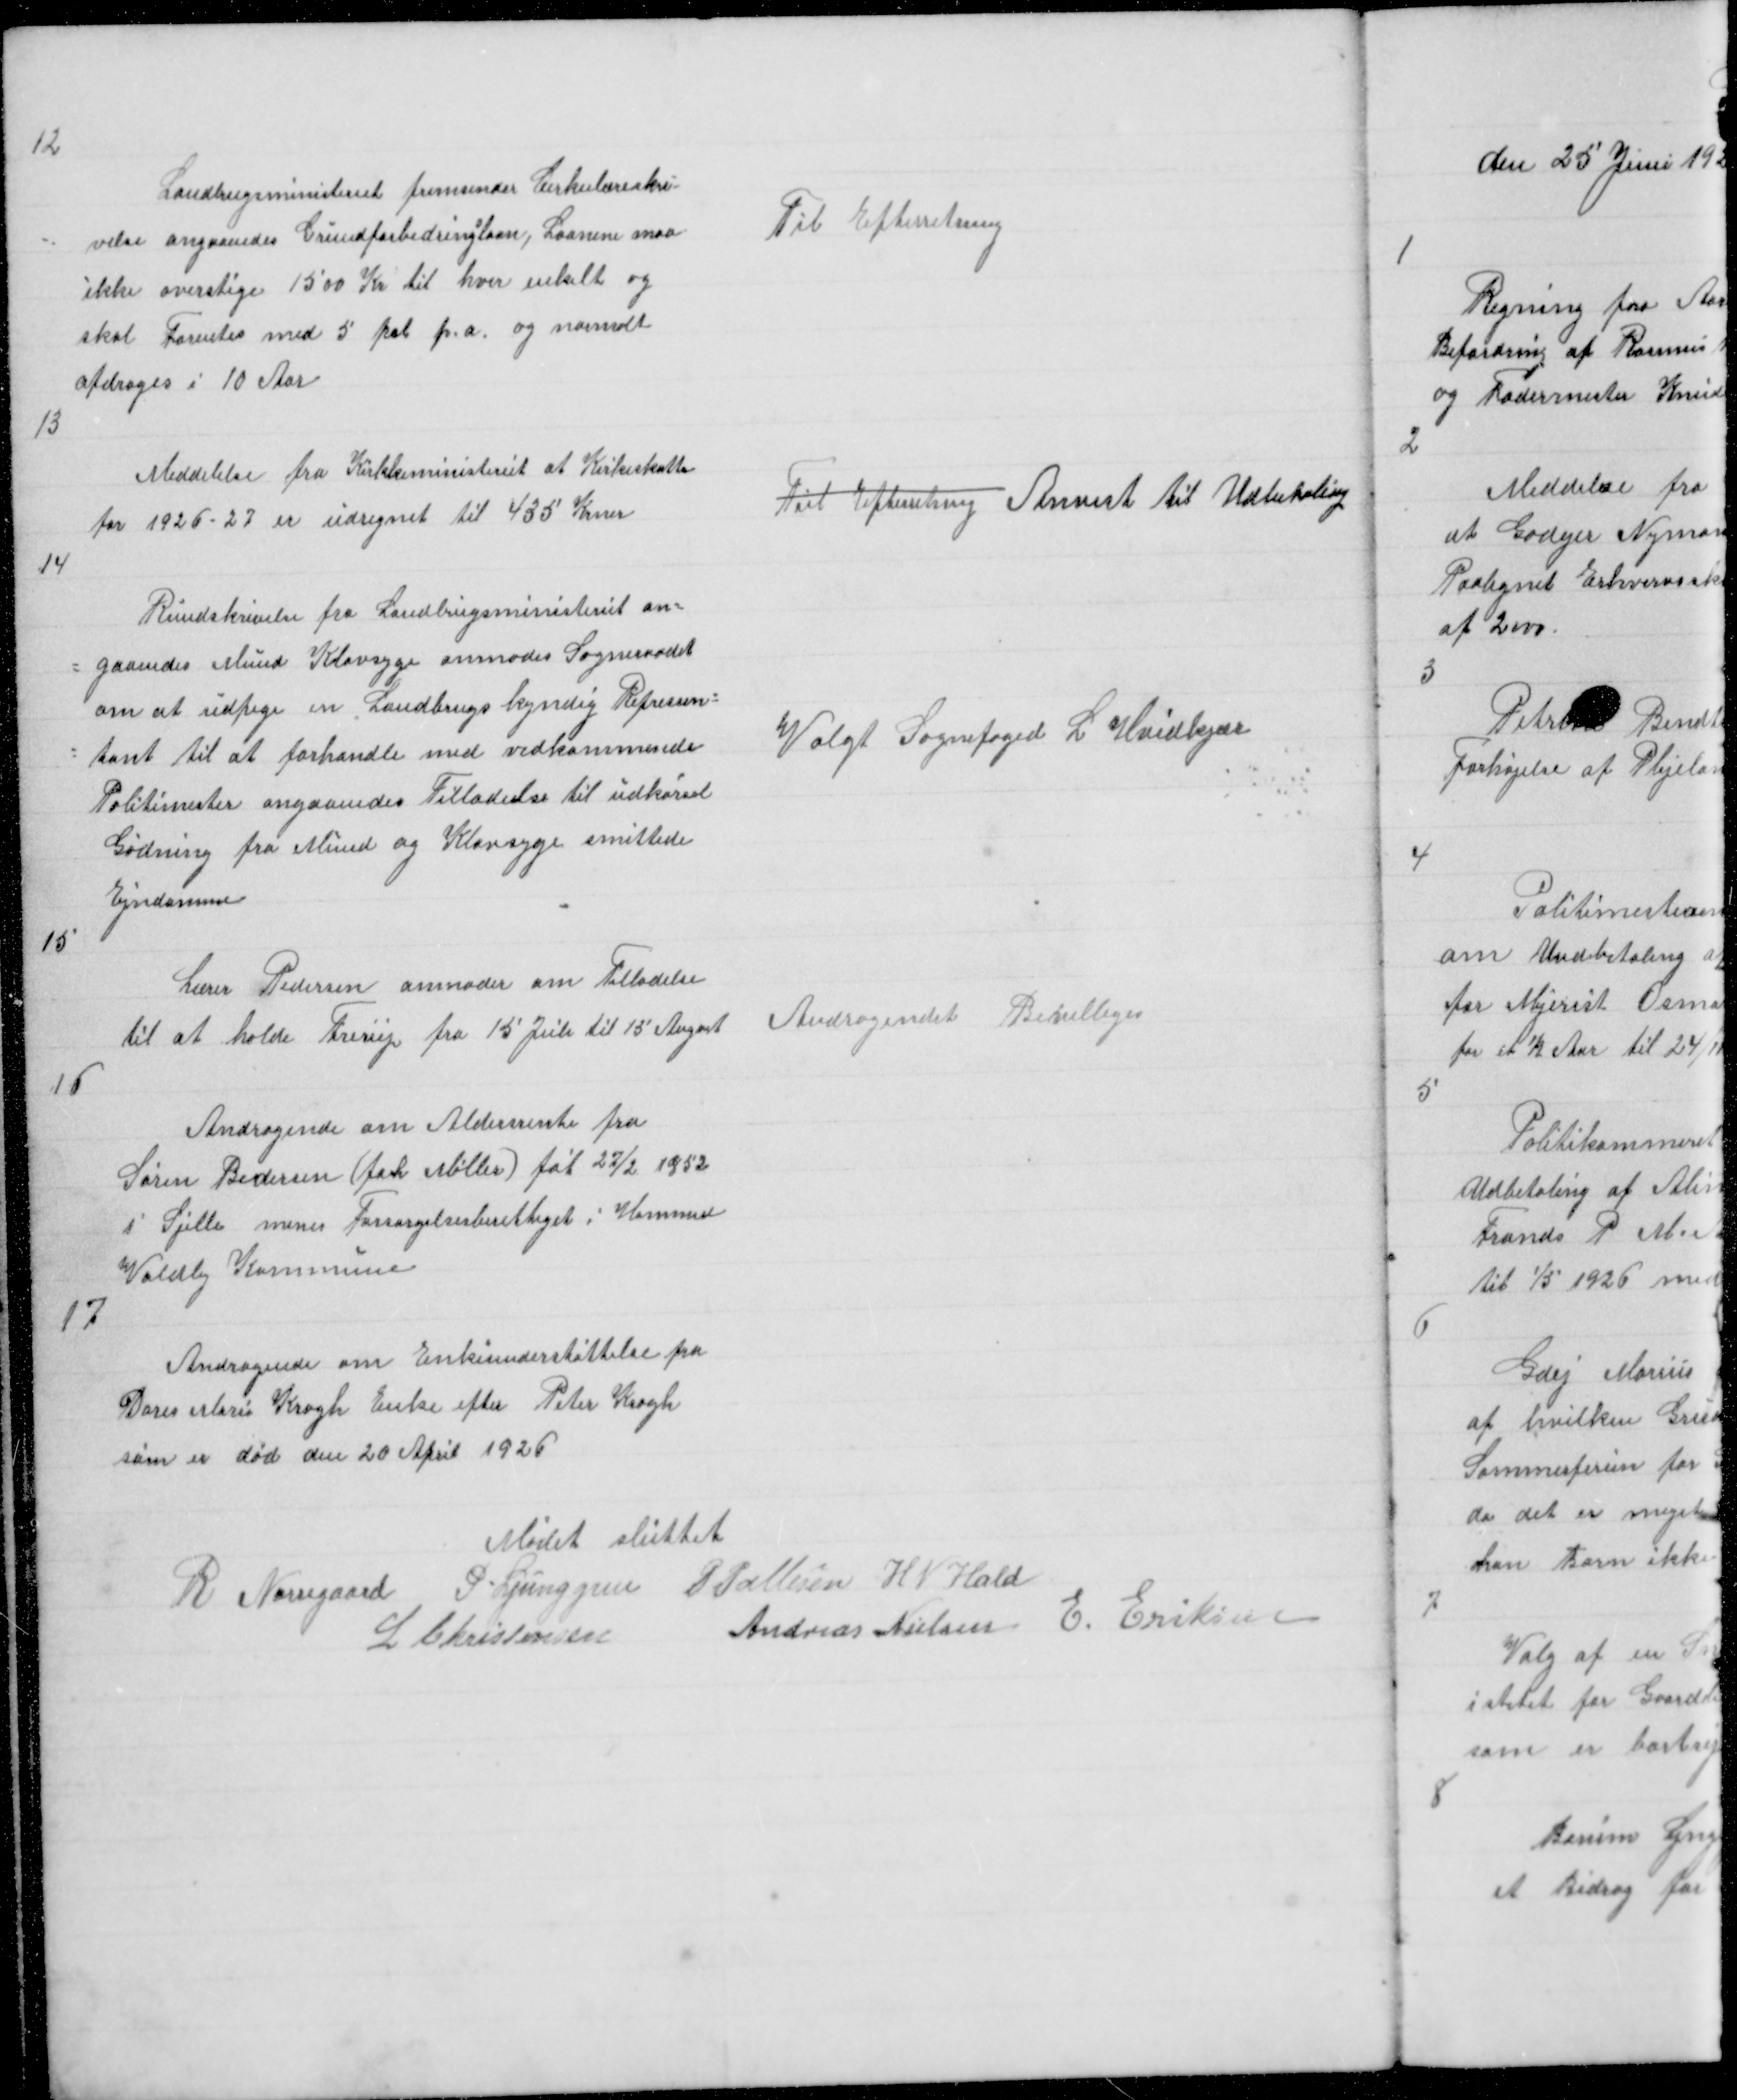
Transskription:
12

Landbrugsministeriet fremsender Cirkulæreskri -
velse angaaendes Grundforbedringlaan, Laanene maa
ikke overstige 1500 Kr til hver enkelt og
skal Forentes med 5 pct p.a. og normalt
afdrages i 10 Aar

Til Efterretning

13

Medelelse fra Kirkkeministeriet at Kirkeskatte
for 1926 - 27 er udregnet til 435 Krner

Til Efterretning Anvist til Udbetaling

14

Rundskrivelse fra Landbrugsministeriet an=
= gaaendes Mund Klovsyge anmodes Sogneraadet
om at Udpege en Landbrugskyndig Represen =
= tant til at forhandle med vedkommende
Politimester angaaendes Tilladelse til udkørsel
Gødning fra Mund og Klovsyge smittede
Ejndomme

Valgt Sognefoged L Hvidkjær

15

Lærer Pedersen anmoder om Tilladelse
til at holde Freriij fra 15 Juli til 15 August

Andragendet Bevilliges

16

Andragende om Aldersrente fra
Søren Pedersen (forh Møller) føt 27/2 1852
i Sjelle menes Forsørgelsesberettiget i Hammel
Voldby Kommune

17

Andragende om Enkeunderstøttelse fra
Doris Marie Krogh Enke efter Peter Krogh
som er død den 20 April 1926

Mødet sluttet
R Nørregaard P Ljunggren P Pallesen H N Hald
L Christensen
Andreas Nielsen E Eriksen